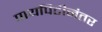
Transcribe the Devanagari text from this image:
पायपिटीनंतर